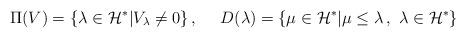
LaTeX: \begin{align*}\Pi (V)=\{\lambda \in {\cal H}^*|V_\lambda\neq 0\}\,,~~~~D(\lambda)=\{\mu\in{\cal H}^*|\mu\leq \lambda\,,~\lambda\in{\cal H}^*\}\end{align*}